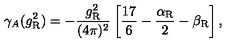
\gamma _ { A } ( g _ { \mathrm { R } } ^ { 2 } ) = - \frac { g _ { \mathrm { R } } ^ { 2 } } { ( 4 \pi ) ^ { 2 } } \left[ \frac { 1 7 } 6 - \frac { \alpha _ { \mathrm { R } } } 2 - \beta _ { \mathrm { R } } \right] ,